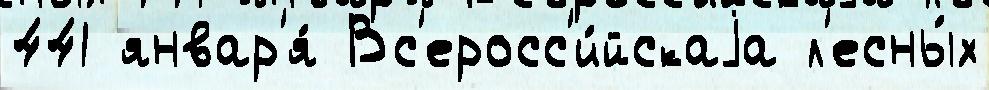
441 январ'я́ Вс'еросс'и́йскаjа л'есны́х